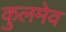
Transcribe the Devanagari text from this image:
कुलमेव